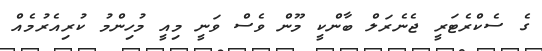
ގެ ސެކްރެޓަރީ ޖެނެރަލް ބާންކީ މޫން ވެސް ވަނީ މިއީ މުހިންމު ކުރިއެރުމެއް